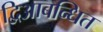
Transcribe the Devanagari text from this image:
द्विआबन्धित